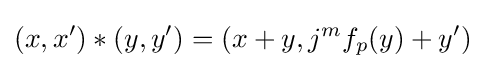
(x,x')*(y,y')=(x+y,j^{m}f_{p}(y)+y')